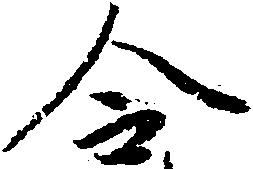
令